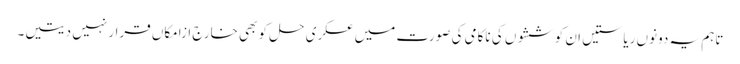
تاہم یہ دونوں ریاستیں ان کوششوں کی ناکامی کی صورت میں عسکری حل کو بھی خارج ازامکاں قرار نہیں دیتیں۔